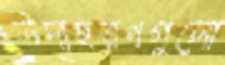
উদাহরণগুলো